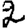
Digit: 2